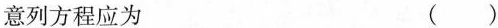
意列方程应为 ()